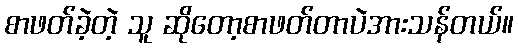
စာဖတ်ခဲ့တဲ့ သူ ဆိုတော့စာဖတ်တာပဲအားသန်တယ်။